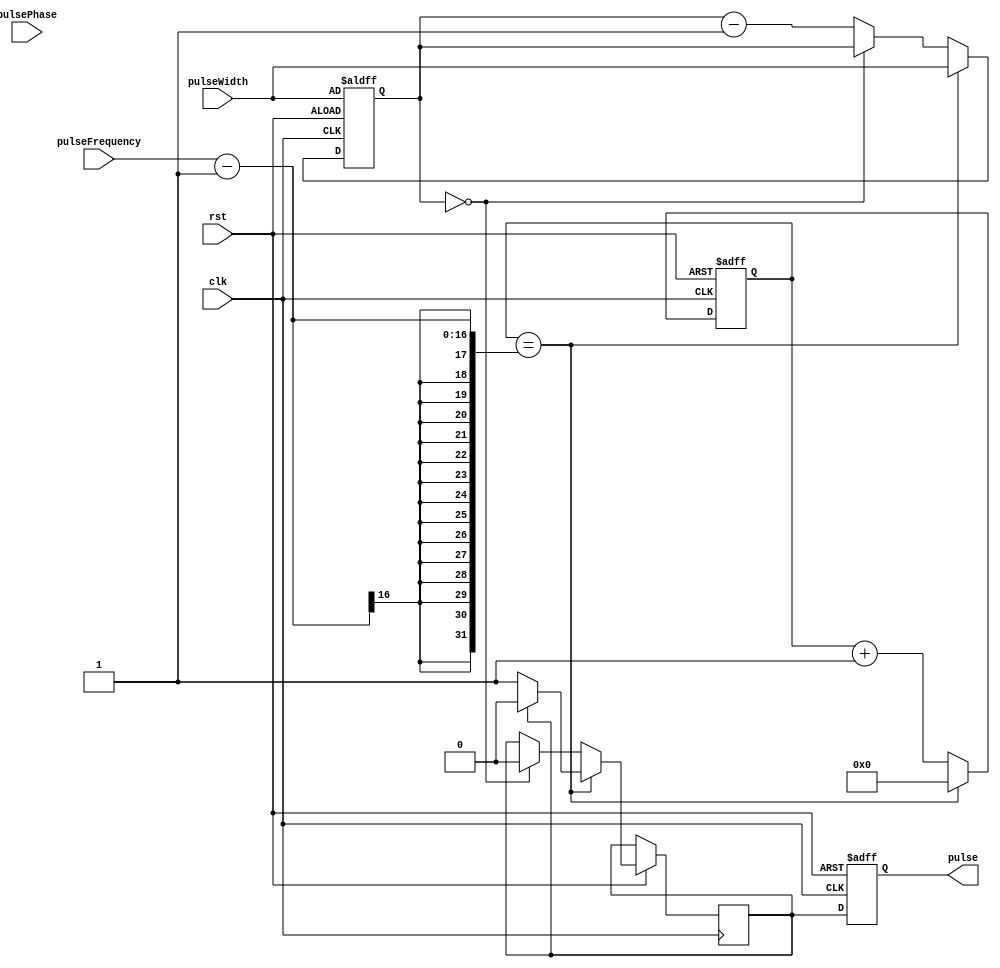
module PulseGenerator (
  input wire clk,
  input wire rst,
  input wire [7:0] pulseWidth,
  input wire [15:0] pulseFrequency,
  input wire [7:0] pulsePhase,
  output wire pulse
);

reg [15:0] count;
reg pulseOut;
reg [7:0] pulseWidthCount;

// Counter to generate pulses
always @(posedge clk or negedge rst) begin
  if (!rst) begin
    count <= 16'b0;
    pulseWidthCount <= pulseWidth;
  end else begin
    if (count == pulseFrequency-1) begin
      count <= 16'b0;
      pulseOut <= pulseOut ? 1'b0 : 1'b1;
      pulseWidthCount <= pulseWidth;
    end else begin
      count <= count + 1;
      if (pulseWidthCount == 0) begin
        pulseOut <= 1'b0;
      end else begin
        pulseWidthCount <= pulseWidthCount - 1;
      end
    end
  end
end

// Output pulse synchronization
always @(posedge clk or negedge rst) begin
  if (!rst) begin
    pulse <= 1'b0;
  end else begin
    pulse <= pulseOut;
  end
end

endmodule